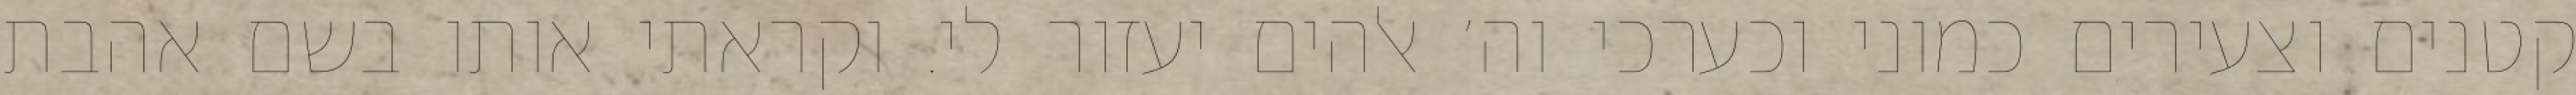
קטנים וצעירים כמוני וכערכי וה׳ אלהים יעזור לי. וקראתי אותו בשם אהבת